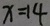
x = 1 4